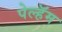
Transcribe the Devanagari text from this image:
पेल्हॅम